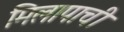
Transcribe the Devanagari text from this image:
मिलापाची